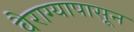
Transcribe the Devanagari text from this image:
वैराग्यापासून